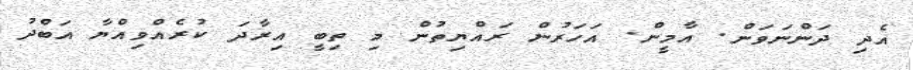
އެދި ދަންނަވަން. އާމީން. އަހަރުން ރައްޔިތުން މި ތިބީ އިރާދަ ކުރެއްވިއްޔާ އަބްދު